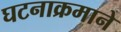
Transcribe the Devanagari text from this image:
घटनाक्रमाने